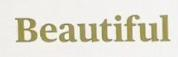
Beautiful